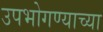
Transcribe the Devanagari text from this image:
उपभोगण्याच्या